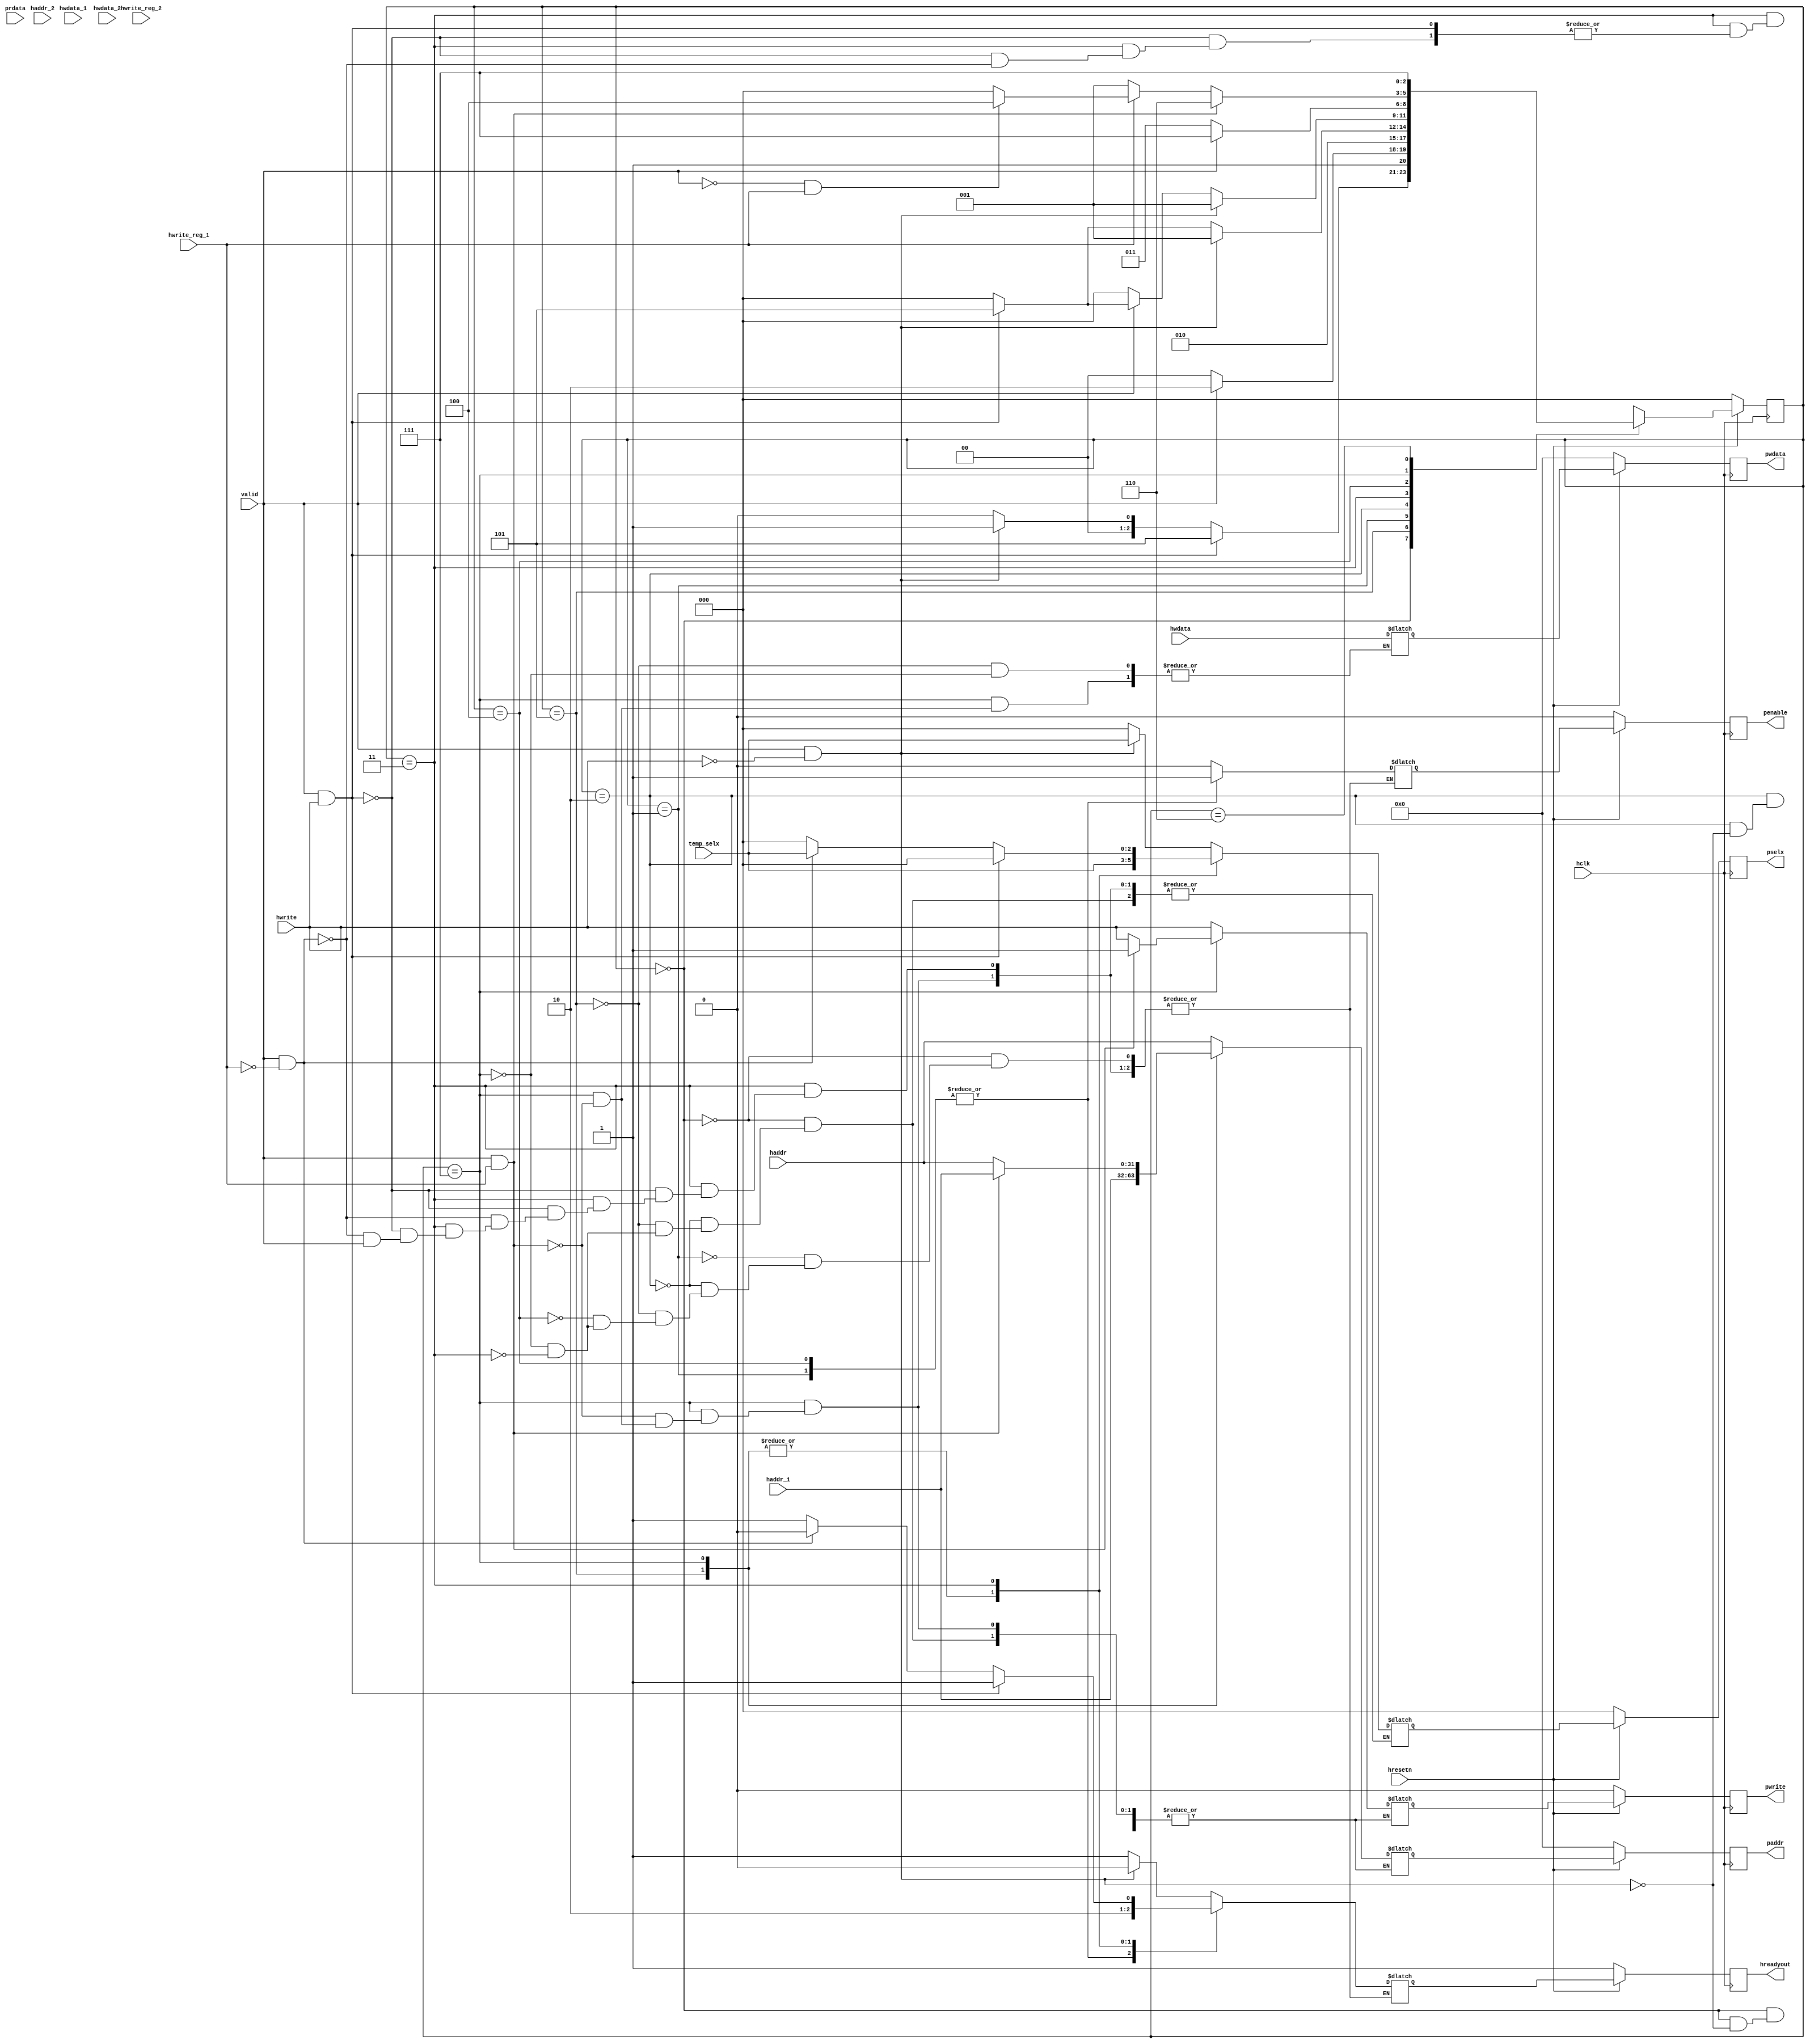
/* APB Controller
	Input Signals
                  hclk					//Global Clock Signal whose rising edge is used to sample all transfers
						hresetn				//Active Low Signal Global Rest Signal
						hwrite  				//WRITE/READ(0/1) Access of AHB (transfer direction)
						hwritereg		//
						haddr		[31:0]	//AHB Address
						haddr_1  [31:0]	//AHB 1st stage Pipeline Address
						haddr_2  [31:0]	//AHB 2nd stage pipeline Address
					   hwdata	[31:0]	//AHB Write Data	
						hwdata_1 [31:0]	//AHB 1st stage Write Data
						hwdata_2 [31:0]	//AHB 2nd Stage Write Data				   
						valid 				//signal generated when memory,hreadyin and htrans are are mutually inclusive.
						tempselx	[2:0]    //Activation of each peripheral bus slave
						prdata	[31:0]	//
	OutPut Signals
						pwrite				//WRITE/READ(1/0) Access of APB (transfer direction)
						penable				//used to time all accesses on the peripheral bus
						pselx		[2:0]		//this signal indicates that the slave device is selected and a data transfer is required.
						hreadyout			//
						paddr 	[31:0]	// APB Address bus
						pwdata   [31:0]	// write data bus driven by peripherla bus bridge unit
						
						*/
 

module apb_controller( input hclk, hresetn, hwrite, valid, hwrite_reg_1,hwrite_reg_2,
							  input  [31:0] haddr, haddr_1, haddr_2, hwdata, hwdata_1, hwdata_2, prdata,
							  input  [2:0] temp_selx,
							  output reg [31:0] paddr, pwdata,
							  output reg pwrite, penable, hreadyout,
							  output reg [2:0] pselx);
							  
							  parameter ST_IDLE 		= 3'b000, 	// during this state Pwrite drives the last value, Psel and Penable lines are low
											ST_READ 		= 3'b001,	// address id decoded and driven onto Paddr relevant Psel is high and Pwrite is driven low, while in this state AHB transfer doe not complete until APB read data has been driven onto HRDATA
											ST_RENABLE  = 3'b010,	// the penable output is driven high enabling current APB transfer
											ST_WENABLE  = 3'b011,	// suring this state PENABLE output is driven HIGH, enabling the current APB transfer
											ST_WRITE    = 3'b100,	// address is decoded and driven onto PADDR , the relevant PSEL line is driven HIGH and PWRITE is driven HIGH
											ST_WWAIT    = 3'b101,	// this state is neede due to pipelined structure of AHB transfers, to allow AHB side of write transfer to complete so write data becomes available on HWDATA
											ST_WRITEP   = 3'b110,	// address is decoded and driven onto PADDR , the relevant PSEL line is driven high and PWRITE is driven HIGH.
											ST_WENABLEP = 3'b111;	// a wait state is inserted if the pending transfer ia a read, because whena read follows a write an extra wait state must be inserted to allow the write transfer to compleat on the APB before the read is started.
											
								reg [2:0] p_state , n_state;
								reg  penable_temp, pwrite_temp, hreadyout_temp;
								reg [2:0] pselx_temp;
								reg [31:0] paddr_temp, pwdata_temp;
								
								
//present state logic 

	always @ (posedge hclk)
			begin
				if(!hresetn)
					p_state <= ST_IDLE;
				else
				   p_state <= n_state;
			 end
			 
//next state logic

	 always @ (*)
		begin
			n_state = ST_IDLE;
				case(p_state)
					ST_IDLE: 
								begin
									if(valid == 1 && hwrite == 1)
									  n_state = ST_WWAIT;
									 else if (valid ==1 && hwrite ==0)
									  n_state = ST_READ;
									 else if(valid == 0)
									  n_state = ST_IDLE;
								 end
					ST_WWAIT:
								 begin
									if(valid == 1)
										n_state = ST_WRITEP;
									else if(valid == 0)
										n_state = ST_WRITE;
								 end
					ST_READ:
								n_state = ST_RENABLE;
					ST_RENABLE:
									begin
										if(valid == 1 && hwrite == 0)
											n_state = ST_READ;
										else if( valid == 1 && hwrite == 1)
											n_state = ST_WWAIT;
										else if (valid ==0)
											n_state = ST_IDLE;
									 end
					ST_WENABLE:
									begin
										if(valid ==1 && hwrite == 0)
											n_state = ST_READ;
										else if(valid ==0)
											n_state = ST_IDLE;
										else if ( valid ==1 && hwrite ==1)
											n_state = ST_WWAIT;
									end
					ST_WRITE: 
									begin
										if(valid == 1)
											n_state = ST_WENABLEP;
										else if( valid == 0)
											n_state = ST_WENABLE;
									end
					ST_WENABLEP:
									begin
										if(valid == 1 && hwrite_reg_1)
											n_state = ST_WRITEP;
										else if(hwrite_reg_1 == 0)
											n_state = ST_READ;
										else if(valid == 0 && hwrite_reg_1 == 1)
											n_state = ST_WRITE;
									end
					ST_WRITEP:
									n_state = ST_WENABLEP;
					default: n_state = ST_IDLE;
			 endcase
			 end
			
always @ (*)
		begin
			case(p_state)
				
				ST_IDLE:
									begin
										if(valid == 1 && hwrite ==0)					// ST_READ state
											begin
												paddr_temp = haddr;						// during idle state haddr should be sent to the pipeline so that paddr has the address in the next cycle
												pwrite_temp = hwrite;					// during idle state the write signal is sent to the pipeline
												pselx_temp = temp_selx;					// during the second clock cycle when address conditions are met the psel is toggled high
												penable_temp=0;							// this penable signal sdenotes second cycle of the APB transfer
												hreadyout_temp = 0;						// when hready is high it denotes successful transfer of the data
											end
										else if (valid == 1 && hwrite ==1)			// ST_WWAIT state
											begin
												pselx_temp = 0;								// 
												penable_temp = 0;
												hreadyout_temp = 1;
											end
										else 
											begin
												pselx_temp = 0;
												penable_temp = 0;
												hreadyout_temp = 1;
											end
									end
				ST_READ:	
										begin
											penable_temp = 1;
											hreadyout_temp = 1;
										end
				ST_RENABLE:
										begin
											if (valid == 1 && hwrite == 0)			// ST_READ
												begin
													paddr_temp = haddr;
													pwrite_temp = hwrite;
													pselx_temp = temp_selx;
													penable_temp = 0;
													hreadyout_temp = 0;
												end
											else if (valid ==1 && hwrite == 1)		// ST_WWAIT
												begin
													pselx_temp = 0;
													penable_temp = 0;
													hreadyout_temp = 1;
												end
											else
												begin											// ST_IDLE
													pselx_temp = 0; 
													penable_temp = 0;
													hreadyout_temp = 1;
												end
										end
				ST_WWAIT:
										begin														// ST_WRITE and ST_WRITEP
											paddr_temp = haddr_1;							// sending pipelined address to the paddr i.e A1
											pwdata_temp = hwdata;						// sending the data i.e D1
											pwrite_temp = hwrite;						// Writing the data
											pselx_temp = temp_selx;						// denotes successful determination of the address
											penable_temp = 0;								// this penable signal sdenotes second cycle of the APB transfer
											hreadyout_temp = 0;						// when hready is high it denotes successful transfer of the data
										end
				ST_WRITE:
										begin
											penable_temp = 1;								// ST_WENABLE and ST_WENABLEP
											hreadyout_temp = 1;
										end
				ST_WENABLEP:
										begin	
											if(valid == 1 && hwrite_reg_1 ==1)
												begin												// SST_WRITEP
													paddr_temp = haddr_1;
													pwrite_temp = 1;
													pselx_temp = temp_selx;
													penable_temp = 0;
													pwdata_temp = hwdata;
													hreadyout_temp = 0;
												end
											else if ( valid == 1 && hwrite_reg_1 ==1)
												begin
													paddr_temp = haddr;
													pwrite_temp = hwrite;
													pselx_temp = temp_selx;
													penable_temp = 0;
													hreadyout_temp = 0;
												end
										end
				
				ST_WENABLE:			
										begin
											if(valid == 1 && hwrite ==1)
												begin
													hreadyout_temp = 1;
													pselx_temp		 = 0;
													penable_temp    = 0;
												end
											else if (valid == 1 && hwrite_reg_1 == 0 )
												begin
													paddr_temp = haddr;
													pwrite_temp = hwrite;
													pselx_temp = temp_selx;
													penable_temp = 0;
													hreadyout_temp =0;
												end
											else if (valid == 0)
												begin
													pselx_temp = 0;
													penable_temp = 0;
													hreadyout_temp = 1;
												end
										end
								
		endcase
	end
											
				
				
			 
			 always @(posedge hclk)
					begin
						if(!hresetn)
							begin
								paddr 		<= 0;
								pwdata 		<= 0;
								pwrite 		<= 0;
								pselx 		<= 0;
								penable		<= 0;
								hreadyout	<= 1;
							end
						else
							begin
								paddr			<= paddr_temp;
								pwdata		<= pwdata_temp;
								pwrite		<= pwrite_temp;
								pselx 		<= pselx_temp;
								penable		<= penable_temp;
								hreadyout	<= hreadyout_temp;
							end
					end
endmodule